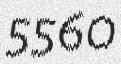
5560